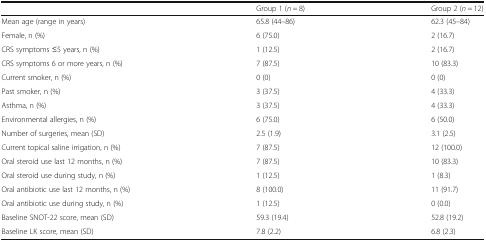
<table><thead><tr><td></td><td><b>Group 1 (<i>n</i> = 8)</b></td><td><b>Group 2 (<i>n</i> = 12)</b></td></tr></thead><tbody><tr><td>Mean age (range in years)</td><td>65.8 (44–86)</td><td>62.3 (45–84)</td></tr><tr><td>Female, n (%)</td><td>6 (75.0)</td><td>2 (16.7)</td></tr><tr><td>CRS symptoms ≤5 years, n (%)</td><td>1 (12.5)</td><td>2 (16.7)</td></tr><tr><td>CRS symptoms 6 or more years, n (%)</td><td>7 (87.5)</td><td>10 (83.3)</td></tr><tr><td>Current smoker, n (%)</td><td>0 (0)</td><td>0 (0)</td></tr><tr><td>Past smoker, n (%)</td><td>3 (37.5)</td><td>4 (33.3)</td></tr><tr><td>Asthma, n (%)</td><td>3 (37.5)</td><td>4 (33.3)</td></tr><tr><td>Environmental allergies, n (%)</td><td>6 (75.0)</td><td>6 (50.0)</td></tr><tr><td>Number of surgeries, mean (SD)</td><td>2.5 (1.9)</td><td>3.1 (2.5)</td></tr><tr><td>Current topical saline irrigation, n (%)</td><td>7 (87.5)</td><td>12 (100.0)</td></tr><tr><td>Oral steroid use last 12 months, n (%)</td><td>7 (87.5)</td><td>10 (83.3)</td></tr><tr><td>Oral steroid use during study, n (%)</td><td>1 (12.5)</td><td>1 (8.3)</td></tr><tr><td>Oral antibiotic use last 12 months, n (%)</td><td>8 (100.0)</td><td>11 (91.7)</td></tr><tr><td>Oral antibiotic use during study, n (%)</td><td>1 (12.5)</td><td>0 (0.0)</td></tr><tr><td>Baseline SNOT-22 score, mean (SD)</td><td>59.3 (19.4)</td><td>52.8 (19.2)</td></tr><tr><td>Baseline LK score, mean (SD)</td><td>7.8 (2.2)</td><td>6.8 (2.3)</td></tr></tbody></table>